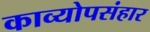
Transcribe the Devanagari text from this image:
काव्योपसंहार